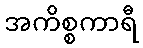
အကိစ္စကာရီ